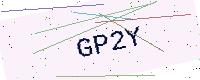
Text: GP2Y